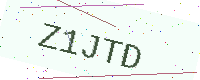
Text: Z1JTD